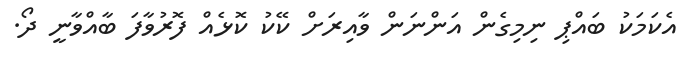
އެކަމަކު ބައްޕި ނިމިގެން އަންނަން ވާއިރަށް ކޭކު ކޮޅެއް ފޮރުވާފަ ބާއްވާނީ ދޯ.